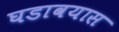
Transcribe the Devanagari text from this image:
घडावयास